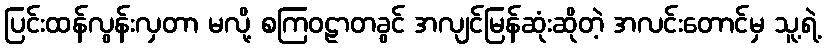
ပြင်းထန်လွန်းလှတာ မလို့ စကြဝဠာတခွင် အလျင်မြန်ဆုံးဆိုတဲ့ အလင်းတောင်မှ သူ့ရဲ့